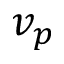
v _ { p }